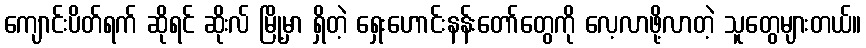
ကျောင်းပိတ်ရက် ဆိုရင် ဆိုးလ် မြို့မှာ ရှိတဲ့ ရှေးဟောင်းနန်းတော်တွေကို လေ့လာဖို့လာတဲ့ သူတွေများတယ်။